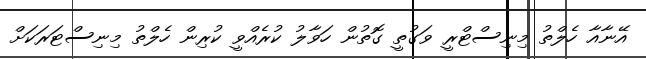
އޭނާއާ ހެލްތު މިނިސްޓްރީ ވަގުތީ ގޮތުން ހަވާލު ކުރެއްވީ ކުރިން ހެލްތު މިނިސްޓަރަކަށް